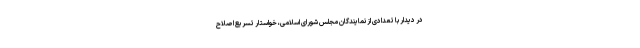
در دیدار با تعدادی از نمایندگان مجلس شورای اسلامی، خواستار تسریع اصلاح